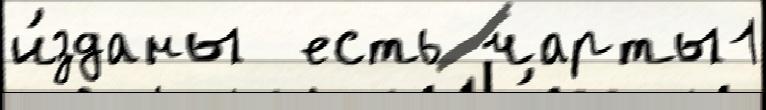
и́зданы  есть чарты1